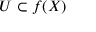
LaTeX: U \subset f ( X )